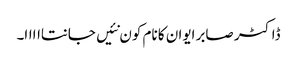
ڈاکٹر صابر ایوان کا نام کون نئیں جانتااااا۔